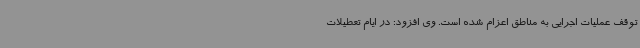
توقف عملیات اجرایی به مناطق اعزام شده است. وی افزود: در ایام تعطیلات